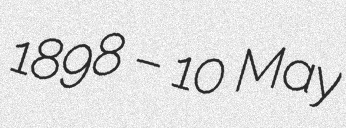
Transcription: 1898 – 10 May